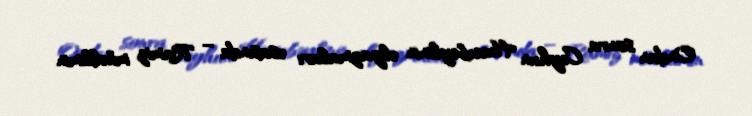
Ondan sonra Ceyhun Hacıbəylinin əlyazmaları əsasında – Ramiz müəllimin